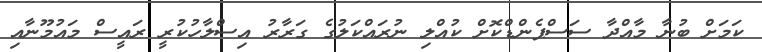
ކަމަށް ބުނާ މާއްދާ ސަސްޕެންޑްކޮށް ކުއްލި ނުރައްކަލުގެ ގަރާރު އިސްލާހުކުރީ ރައީސް މައުމޫނާއި